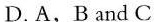
D.A,B.andC